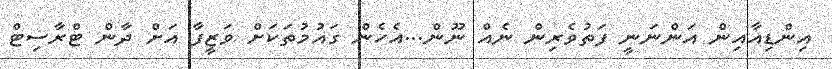
އިންޑިއާއިން އަންނަނީ ފަތުވެރިން ނެއް ނޫން...އެހެން ގައުމުތަކަށް ވަޒީފާ އަށް ދާން ޓްރާސިޓް